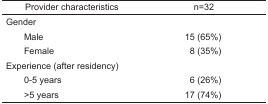
<table><thead><tr><td><b>Provider characteristics</b></td><td><b>n=32</b></td></tr></thead><tbody><tr><td colspan="2">Gender</td></tr><tr><td> Male</td><td>15 (65%)</td></tr><tr><td> Female</td><td>8 (35%)</td></tr><tr><td colspan="2">Experience (after residency)</td></tr><tr><td> 0–5 years</td><td>6 (26%)</td></tr><tr><td> &gt;5 years</td><td>17 (74%)</td></tr></tbody></table>